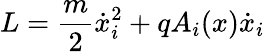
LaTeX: L=\frac{m}{2}\dot{x}_{i}^{2}+qA_{i}(x)\dot{x}_{i}